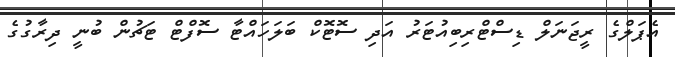
އެޕަލްގެ ރީޖަނަލް ޑިސްޓްރިބިއުޓަރު އަދި ސޮޓޮކް ބަލަހައްޓާ ސޮފްޓް ޓަޗުން ބުނީ ދިރާގުގެ